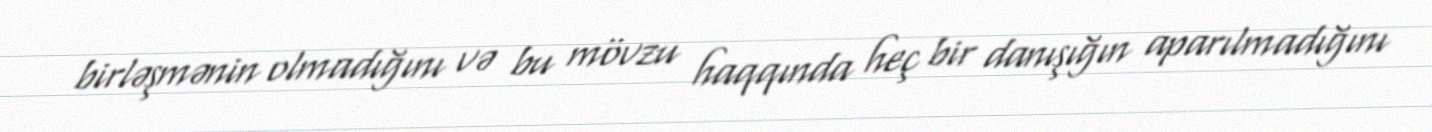
birləşmənin olmadığını və bu mövzu haqqında heç bir danışığın aparılmadığını